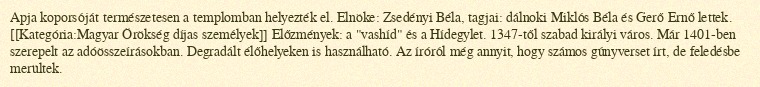
Apja koporsóját természetesen a templomban helyezték el. Elnöke: Zsedényi Béla, tagjai: dálnoki Miklós Béla és Gerő Ernő lettek. [[Kategória:Magyar Örökség díjas személyek]] Előzmények: a "vashíd" és a Hídegylet. 1347-től szabad királyi város. Már 1401-ben szerepelt az adóösszeírásokban. Degradált élőhelyeken is használható. Az íróról még annyit, hogy számos gúnyverset írt, de feledésbe merültek.